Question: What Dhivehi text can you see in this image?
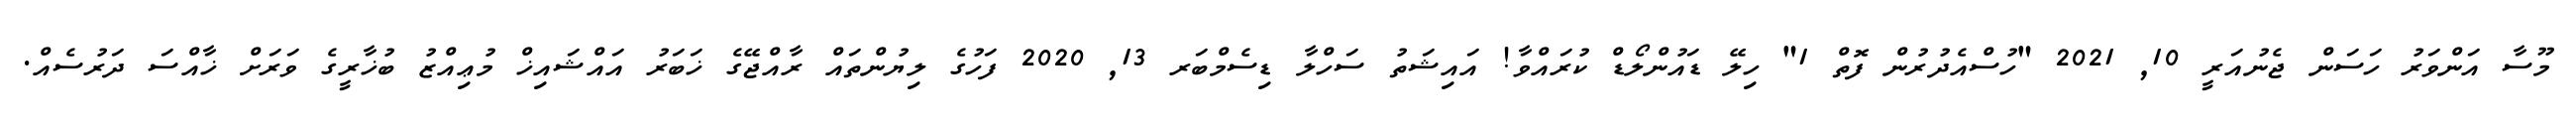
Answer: މޫސާ އަންވަރު ހަސަން ޖެނުއަރީ 10, 2021 "ހުސްއެދުރުން ފޮތް 1" ހިލޭ ޑައުންލޯޑް ކުރައްވާ! އައިޝަތު ސަހްލާ ޑިސެމްބަރ 13, 2020 ފަހުގެ ލިޔުންތައް ރާއްޖޭގެ ޚަބަރު އައްޝައިޚް މުޢިއްޒު ބުޚާރީގެ ވަރަށް ޚާއްސަ ދަރުސެއް.